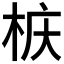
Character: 𮲲